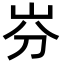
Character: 𡵳